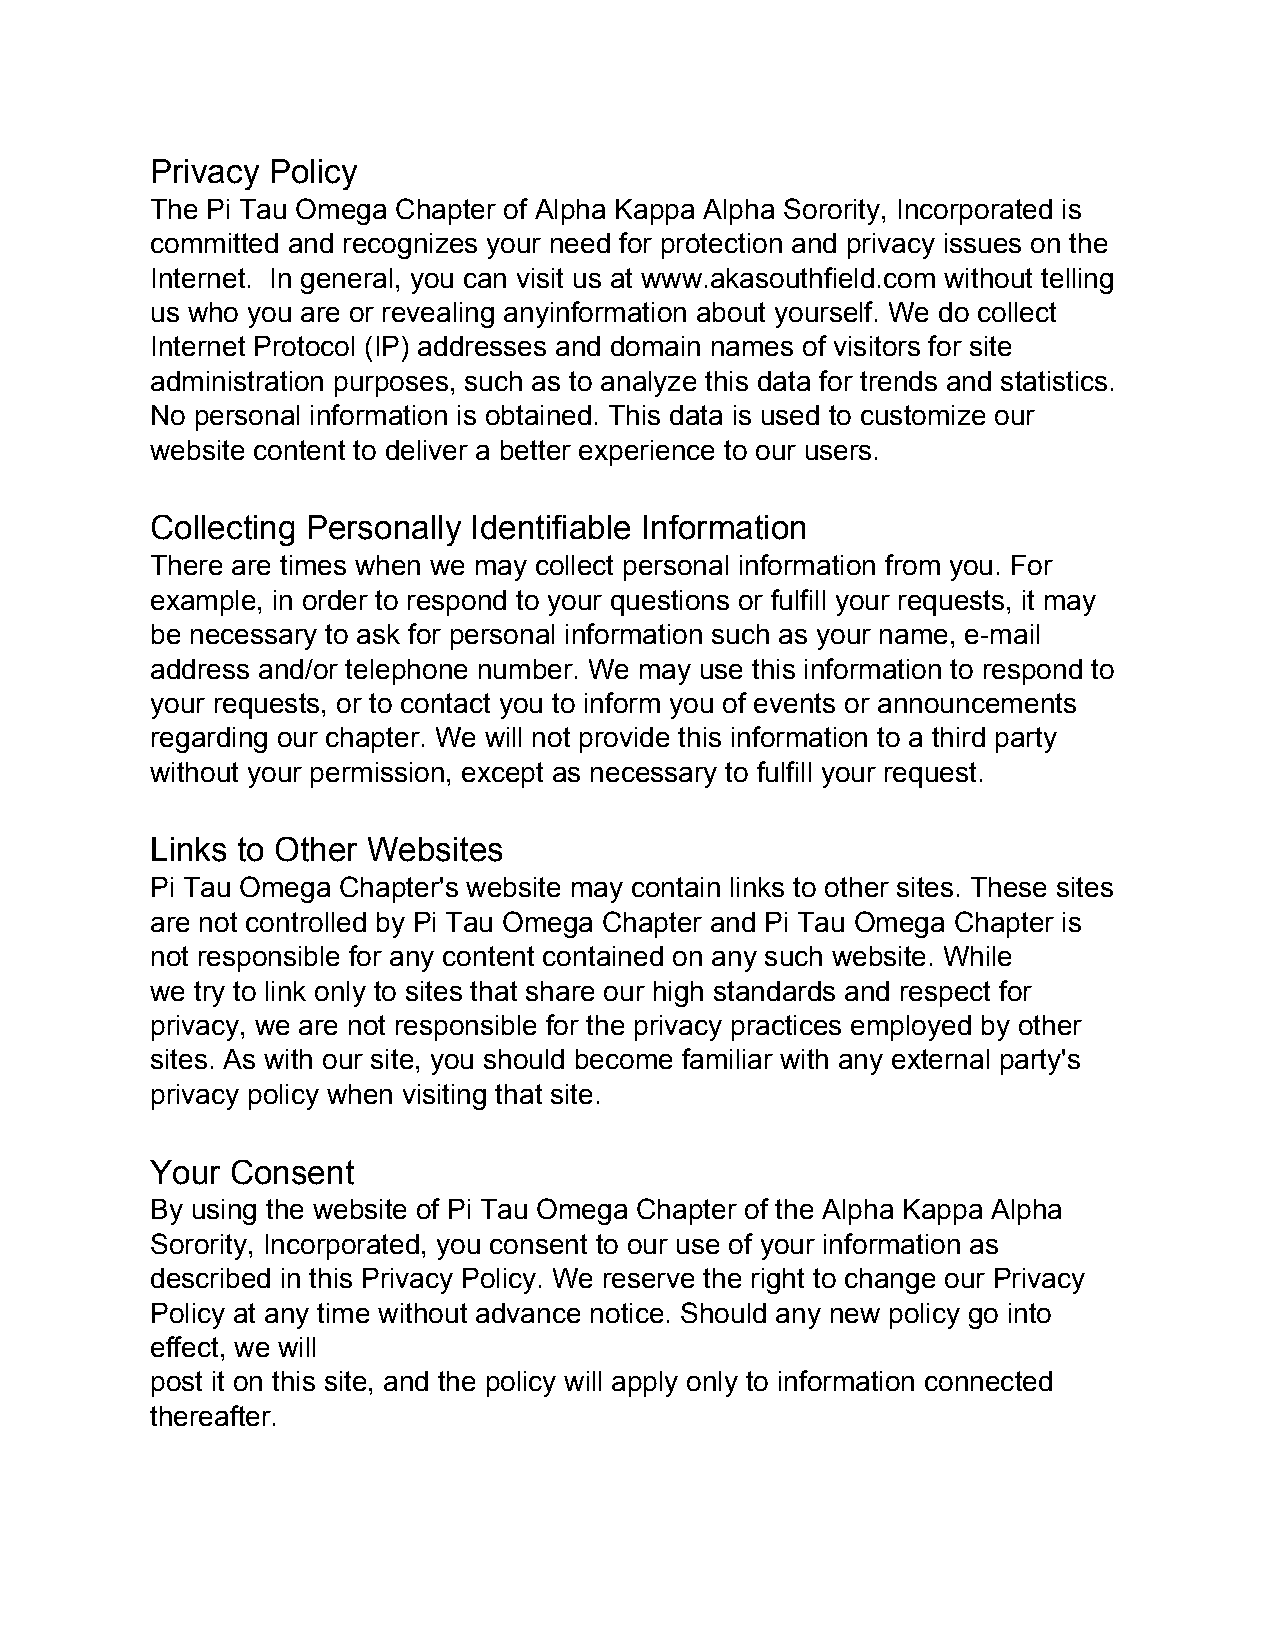
Privacy Policy
 The Pi Tau Omega Chapter of Alpha Kappa Alpha Sorority, Incorporated is
 committed and recognizes your need for protection and privacy issues on the
 Internet. In general, you can visit us at www.akasouthfield.com without telling
 us who you are or revealing anyinformation about yourself. We do collect
 Internet Protocol (IP) addresses and domain names of visitors for site
 administration purposes, such as to analyze this data for trends and statistics.
 No personal information is obtained. This data is used to customize our
 website content to deliver a better experience to our users.
 Collecting Personally Identifiable Information
 There are times when we may collect personal information from you. For
 example, in order to respond to your questions or fulfill your requests, it may
 be necessary to ask for personal information such as your name, e­mail
 address and/or telephone number. We may use this information to respond to
 your requests, or to contact you to inform you of events or announcements
 regarding our chapter. We will not provide this information to a third party
 without your permission, except as necessary to fulfill your request.
 Links to Other Websites
 Pi Tau Omega Chapter's website may contain links to other sites. These sites
 are not controlled by Pi Tau Omega Chapter and Pi Tau Omega Chapter is
 not responsible for any content contained on any such website. While
 we try to link only to sites that share our high standards and respect for
 privacy, we are not responsible for the privacy practices employed by other
 sites. As with our site, you should become familiar with any external party's
 privacy policy when visiting that site.
 Your Consent
 By using the website of Pi Tau Omega Chapter of the Alpha Kappa Alpha
 Sorority, Incorporated, you consent to our use of your information as
 described in this Privacy Policy. We reserve the right to change our Privacy
 Policy at any time without advance notice. Should any new policy go into
 effect, we will
 post it on this site, and the policy will apply only to information connected
 thereafter.